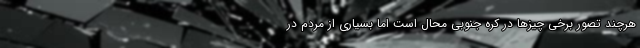
هرچند تصور برخی چیزها در کره جنوبی محال است اما بسیاری از مردم در